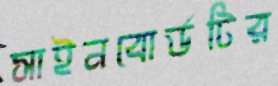
সাইনবোর্ডটির